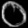
Digit: ၀